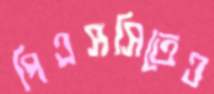
পিএসসিতেও